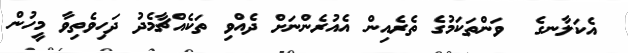
އެކަލާނގެ  ވަންތަކަމުގެ ތެރެއިން އެއުރެންނަށް ދެއްވި ތަކެއްޗާމެދު ދަހިވެތިވާ މީހުން